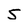
Character: 5